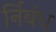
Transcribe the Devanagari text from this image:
र्निबंध